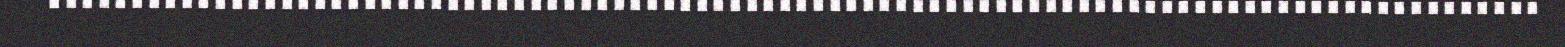
..........................................................................................